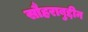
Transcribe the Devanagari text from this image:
सौहराबुद्दीन